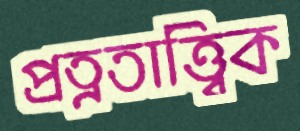
প্রত্নতাত্ত্ব্বিক